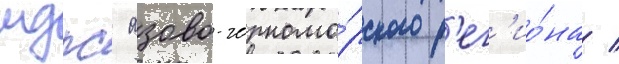
мдпс азово-черномо́рского р'ег'ио́на /